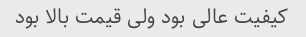
کیفیت عالی بود ولی قیمت بالا بود